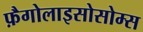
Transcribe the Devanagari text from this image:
फ़ैगोलाइसोसोम्स